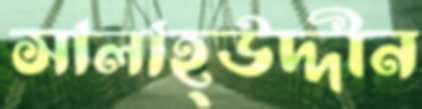
সালাহ্উদ্দীন